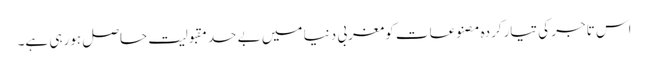
اس تاجر کی تیارکردہ مصنوعات کومغربی دنیا میں بے حد مقبولیت حاصل ہورہی ہے۔